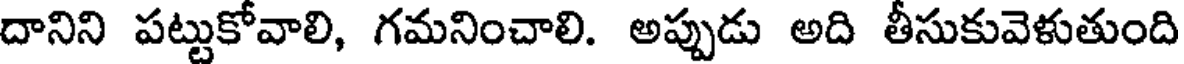
దానిని పట్టుకోవాలి, గమనించాలి. అప్పుడు అది తీసుకువెళుతుంది